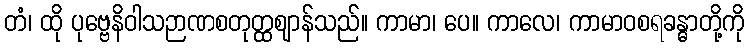
တံ၊ ထို ပုဗ္ဗေနိဝါသဉာဏစတုတ္ထဈာန်သည်။ ကာမာ၊ ပေ။ ကာလေ၊ ကာမာဝစရခန္ဓာတို့ကို